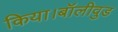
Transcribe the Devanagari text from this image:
किया।बॉलीवुड